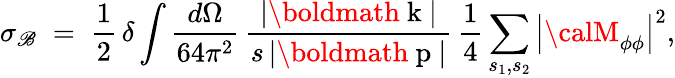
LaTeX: \sigma_{\mathscr{B}}\; =\; \frac{{1}}{{2}}\, \delta\int\frac{{d\Omega}}{{64\pi^{2}}}\, \frac{{|{\mathrm{{\boldmath~k~}}}|}}{{s\, |{\mathrm{{\boldmath~p~}}}|}}\, \frac{{1}}{{4}}\sum_{s_{1},s_{2}}\left|{\calM}_{\phi\phi}\right|^{2},